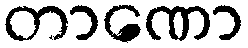
တာဏော